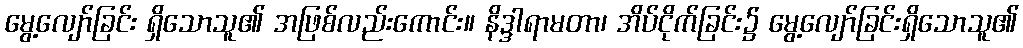
မွေ့လျော်ခြင်း ရှိသောသူ၏ အဖြစ်လည်းကောင်း။ နိဒ္ဒါရာမတာ၊ အိပ်ငိုက်ခြင်း၌ မွေ့လျော်ခြင်းရှိသောသူ၏